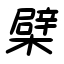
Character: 檗